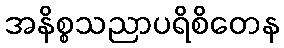
အနိစ္စသညာပရိစိတေန